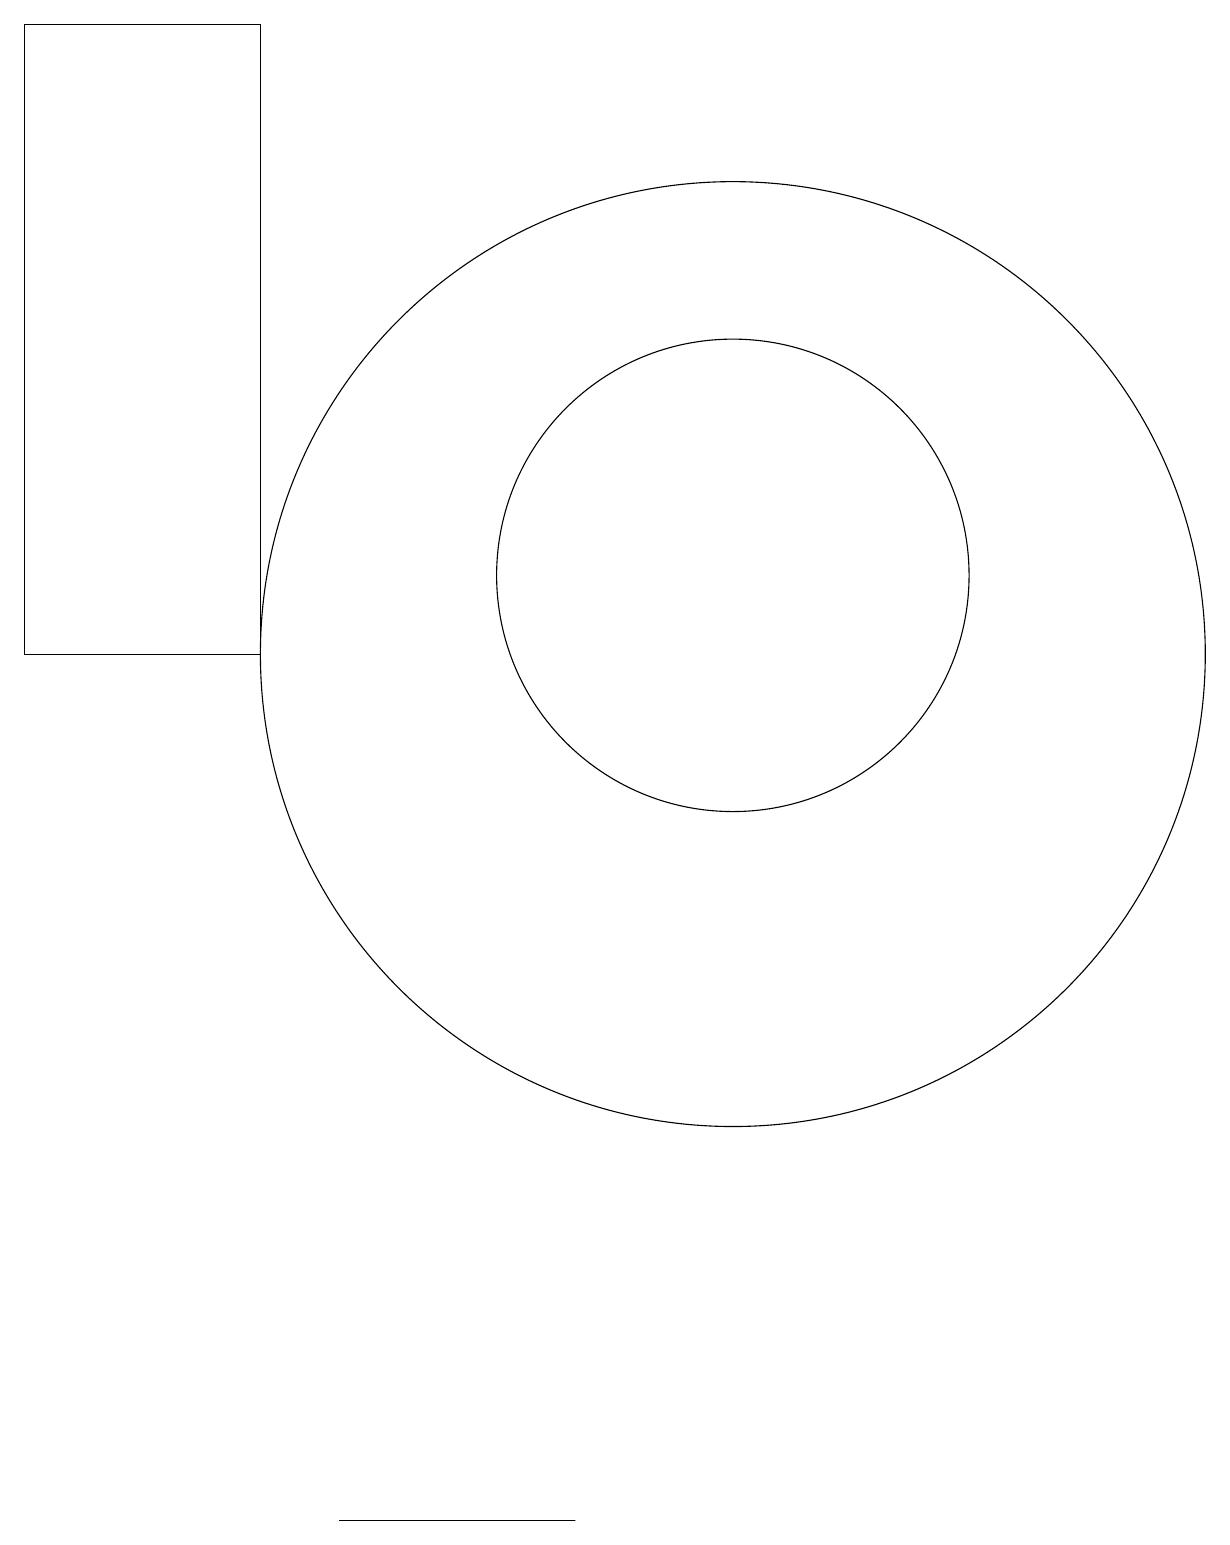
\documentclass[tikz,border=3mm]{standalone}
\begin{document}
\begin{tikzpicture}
\draw (10,12) circle (3);
\draw (10,11) circle (6);
\draw (4,11) rectangle (1,19);
\draw (7,0) -- (8,0) -- (5,0) -- cycle;
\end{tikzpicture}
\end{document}